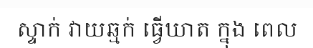
ស្ទាក់ វាយឆ្មក់ ធ្វើឃាត ក្នុង ពេល